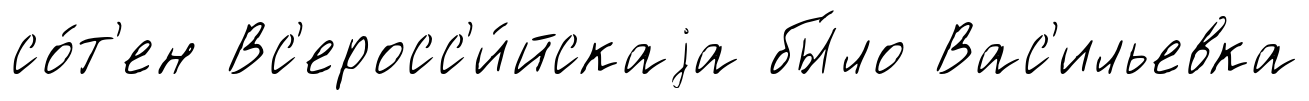
со́т'ен Вс'еросс'и́йскаjа бы́ло Вас'ильевка